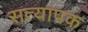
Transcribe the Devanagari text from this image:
सत्यापक